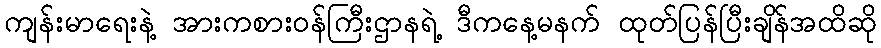
ကျန်းမာရေးနဲ့ အားကစားဝန်ကြီးဌာနရဲ့ ဒီကနေ့မနက် ထုတ်ပြန်ပြီးချိန်အထိဆို